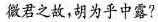
微君之故，胡为乎中露?